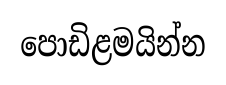
පොඩිළමයින්න